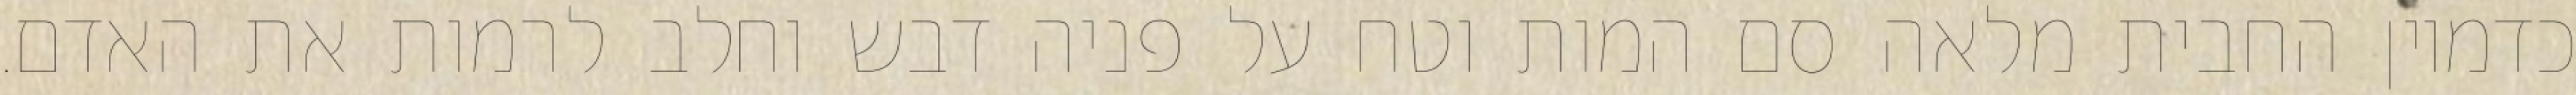
כדמיון החבית מלאה סם המות וטח על פניה דבש וחלב לרמות את האדם.